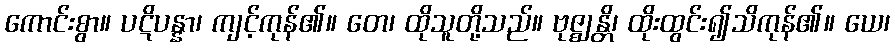
ကောင်းစွာ။ ပဋိပန္နာ၊ ကျင့်ကုန်၏။ တေ၊ ထိုသူတို့သည်။ ဗုဇ္ဈန္တိ၊ ထိုးထွင်း၍သိကုန်၏။ ယေ၊